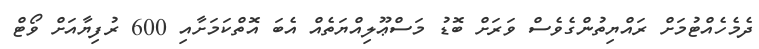
ދެމެހެއްޓުމަށް ރައްޔިތުންގެވެސް ވަރަށް ބޮޑު މަސްޢޫލިއްޔަތެއް އެބަ އޮތްކަމަށާއި 600 ރުފިޔާއަށް ވޯޓް